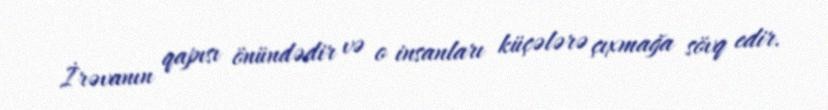
İrəvanın qapısı önündədir və o insanları küçələrə çıxmağa sövq edir.